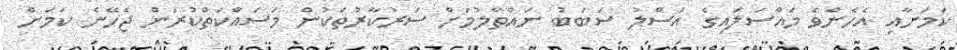
ކަމަށާއި އެހެންވެ މައްސަލައިގެ އަސްލު ސަބަބު ނައްތާލުމަށް ސަރުކާރުތަކުން މަސައްކަތްކުރަން ޖެހޭނެ ކަމަށް